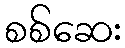
စစ်ဆေး